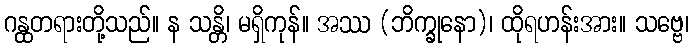
ဂန္ထတရားတို့သည်။ န သန္တိ၊ မရှိကုန်။ အဿ (ဘိက္ခုနော)၊ ထိုရဟန်းအား။ သဗ္ဗေ၊